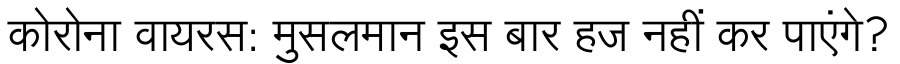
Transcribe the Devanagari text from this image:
कोरोना वायरस: मुसलमान इस बार हज नहीं कर पाएंगे?